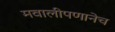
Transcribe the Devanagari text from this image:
मवालीपणानेच